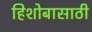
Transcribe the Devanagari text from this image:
हिशोबासाठी